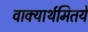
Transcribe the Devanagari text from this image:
वाक्यार्थमितये